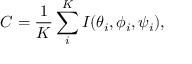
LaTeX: C = \frac { 1 } { K } \sum _ { i } ^ { K } I ( \theta _ { i } , \phi _ { i } , \psi _ { i } ) ,